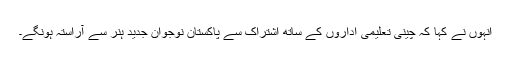
انہوں نے کہا کہ چینی تعلیمی اداروں کے ساتھ اشتراک سے پاکستان نوجوان جدید ہنر سے آراستہ ہونگے۔